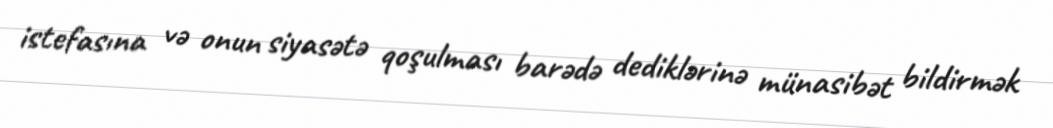
istefasına və onun siyasətə qoşulması barədə dediklərinə münasibət bildirmək